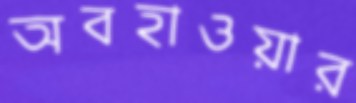
অবহাওয়ার